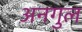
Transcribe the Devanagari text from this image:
अनगुल